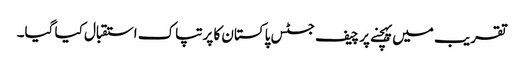
تقریب میں پہچنے پر چیف جسٹس پاکستان کا پرتپاک استقبال کیا گیا۔